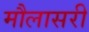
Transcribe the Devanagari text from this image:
मौलासरी